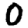
Digit: 0